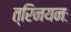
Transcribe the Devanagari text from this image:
त्रिनयनः